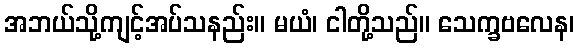
အဘယ်သို့ကျင့်အပ်သနည်း။ မယံ၊ ငါတို့သည်။ သေက္ခဗလေန၊